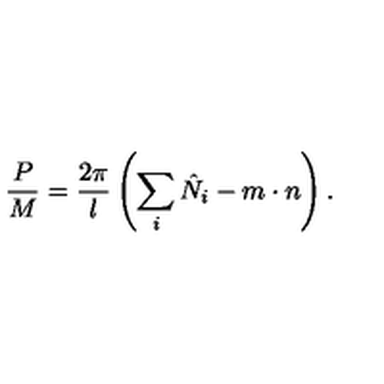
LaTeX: \frac { P } { M } = \frac { 2 \pi } { l } \left( \sum _ { i } \hat { N } _ { i } - m \cdot n \right) .